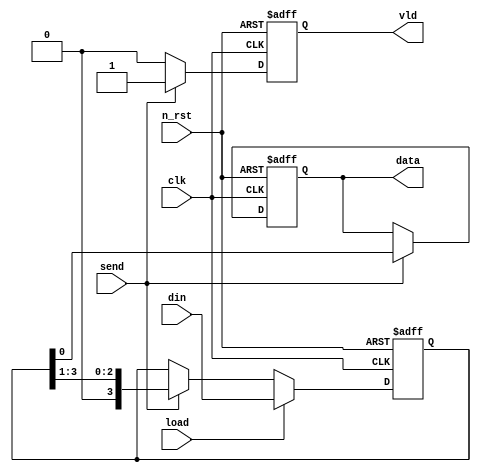
module P2S(
  input clk,
  input n_rst,
  input wire [3:0] din,
  input wire load,
  input wire send,
  output reg data,
  output reg vld
);

  reg [3:0] shift_register;

always @(posedge clk or negedge n_rst) begin
  if (!n_rst) begin
    shift_register <= 4'b0000;
  end
  else begin     
    if(load)
      shift_register <= din;
    else begin
      if(send == 1'b1) begin
        shift_register <= {1'b0, shift_register[3:1]};
      end
      else
        shift_register <= shift_register;
    end
  end
end

always @(posedge clk or negedge n_rst) begin
  if(!n_rst) begin
    vld <= 1'b0;
    data <= 1'b0;
  end
  else begin
    if(send == 1'b1) begin
      data <= shift_register[0];
      vld <= 1'b1;
    end
    else begin
      vld <= 1'b0;
      data <= data;
  end
  end
end

endmodule